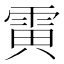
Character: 𱁗